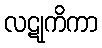
လဋုကိကာ